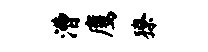
漕鹰獠